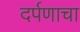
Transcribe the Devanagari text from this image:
दर्पणाचा